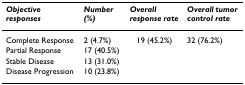
<table><thead><tr><td><b><i>Objective responses</i></b></td><td><b><i>Number (%)</i></b></td><td><b><i>Overall response rate</i></b></td><td><b><i>Overall tumor control rate</i></b></td></tr></thead><tbody><tr><td>Complete Response</td><td>2 (4.7%)</td><td>19 (45.2%)</td><td>32 (76.2%)</td></tr><tr><td>Partial Response</td><td>17 (40.5%)</td><td></td><td></td></tr><tr><td>Stable Disease</td><td>13 (31.0%)</td><td></td><td></td></tr><tr><td>Disease Progression</td><td>10 (23.8%)</td><td></td><td></td></tr></tbody></table>